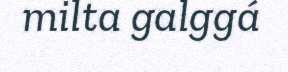
milta galggá